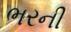
ભરની